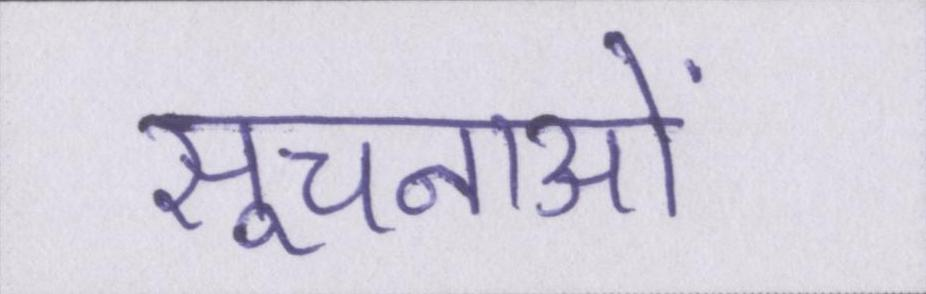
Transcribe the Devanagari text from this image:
सूचनाओं